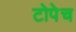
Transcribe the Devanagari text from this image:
टोपेच